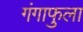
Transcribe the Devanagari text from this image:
गंगाफुला